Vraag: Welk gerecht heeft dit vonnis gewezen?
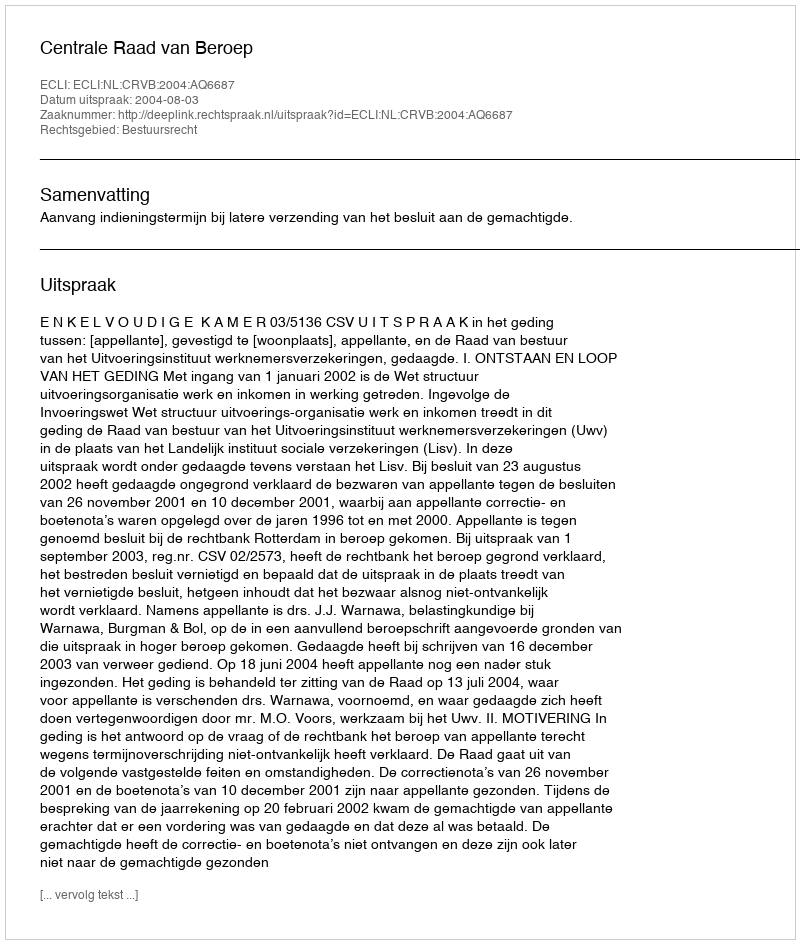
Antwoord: Centrale Raad van Beroep